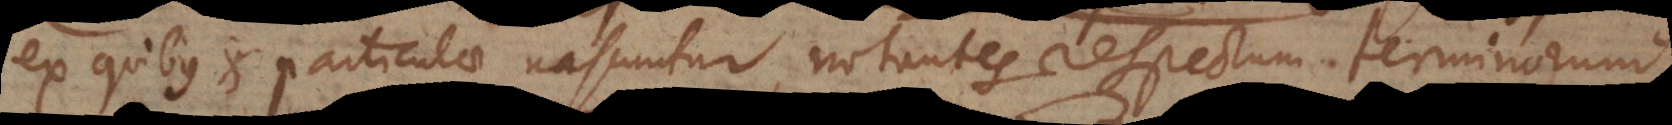
ex quibus et particulae nascuntur, notantes respectum terminorum